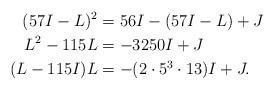
LaTeX: \begin{align*}(57I - L)^{2} &= 56I - (57I - L) + J \\L^{2} - 115L &= -3250I + J \\(L - 115I)L &= -(2\cdot 5^{3} \cdot 13)I + J. \end{align*}